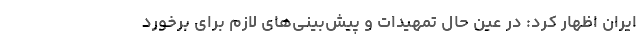
ایران اظهار کرد: در عین حال تمهیدات و پیش‌بینی‌های لازم برای برخورد